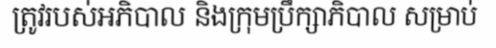
ត្រូវរបស់អភិបាល និងក្រុមប្រឹក្សាភិបាល សម្រាប់